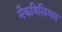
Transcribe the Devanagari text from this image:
मैकविलियम